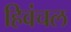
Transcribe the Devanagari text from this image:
हिवंचल